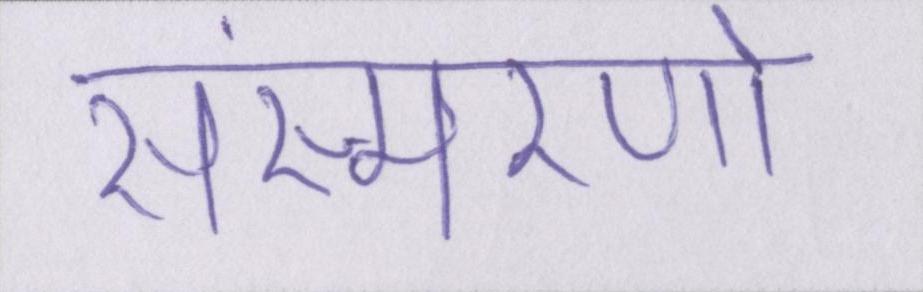
संस्मरणो